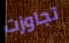
تجاوزت